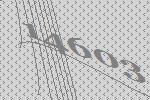
14603